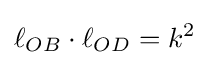
\ell _{OB}\cdot \ell _{OD}=k^{2}